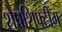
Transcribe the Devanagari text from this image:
शेपशिफ्टींग